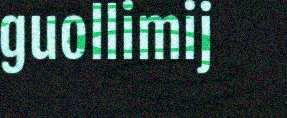
guollimij